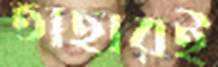
তাহারই